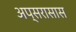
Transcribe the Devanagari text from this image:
अप्सरासास